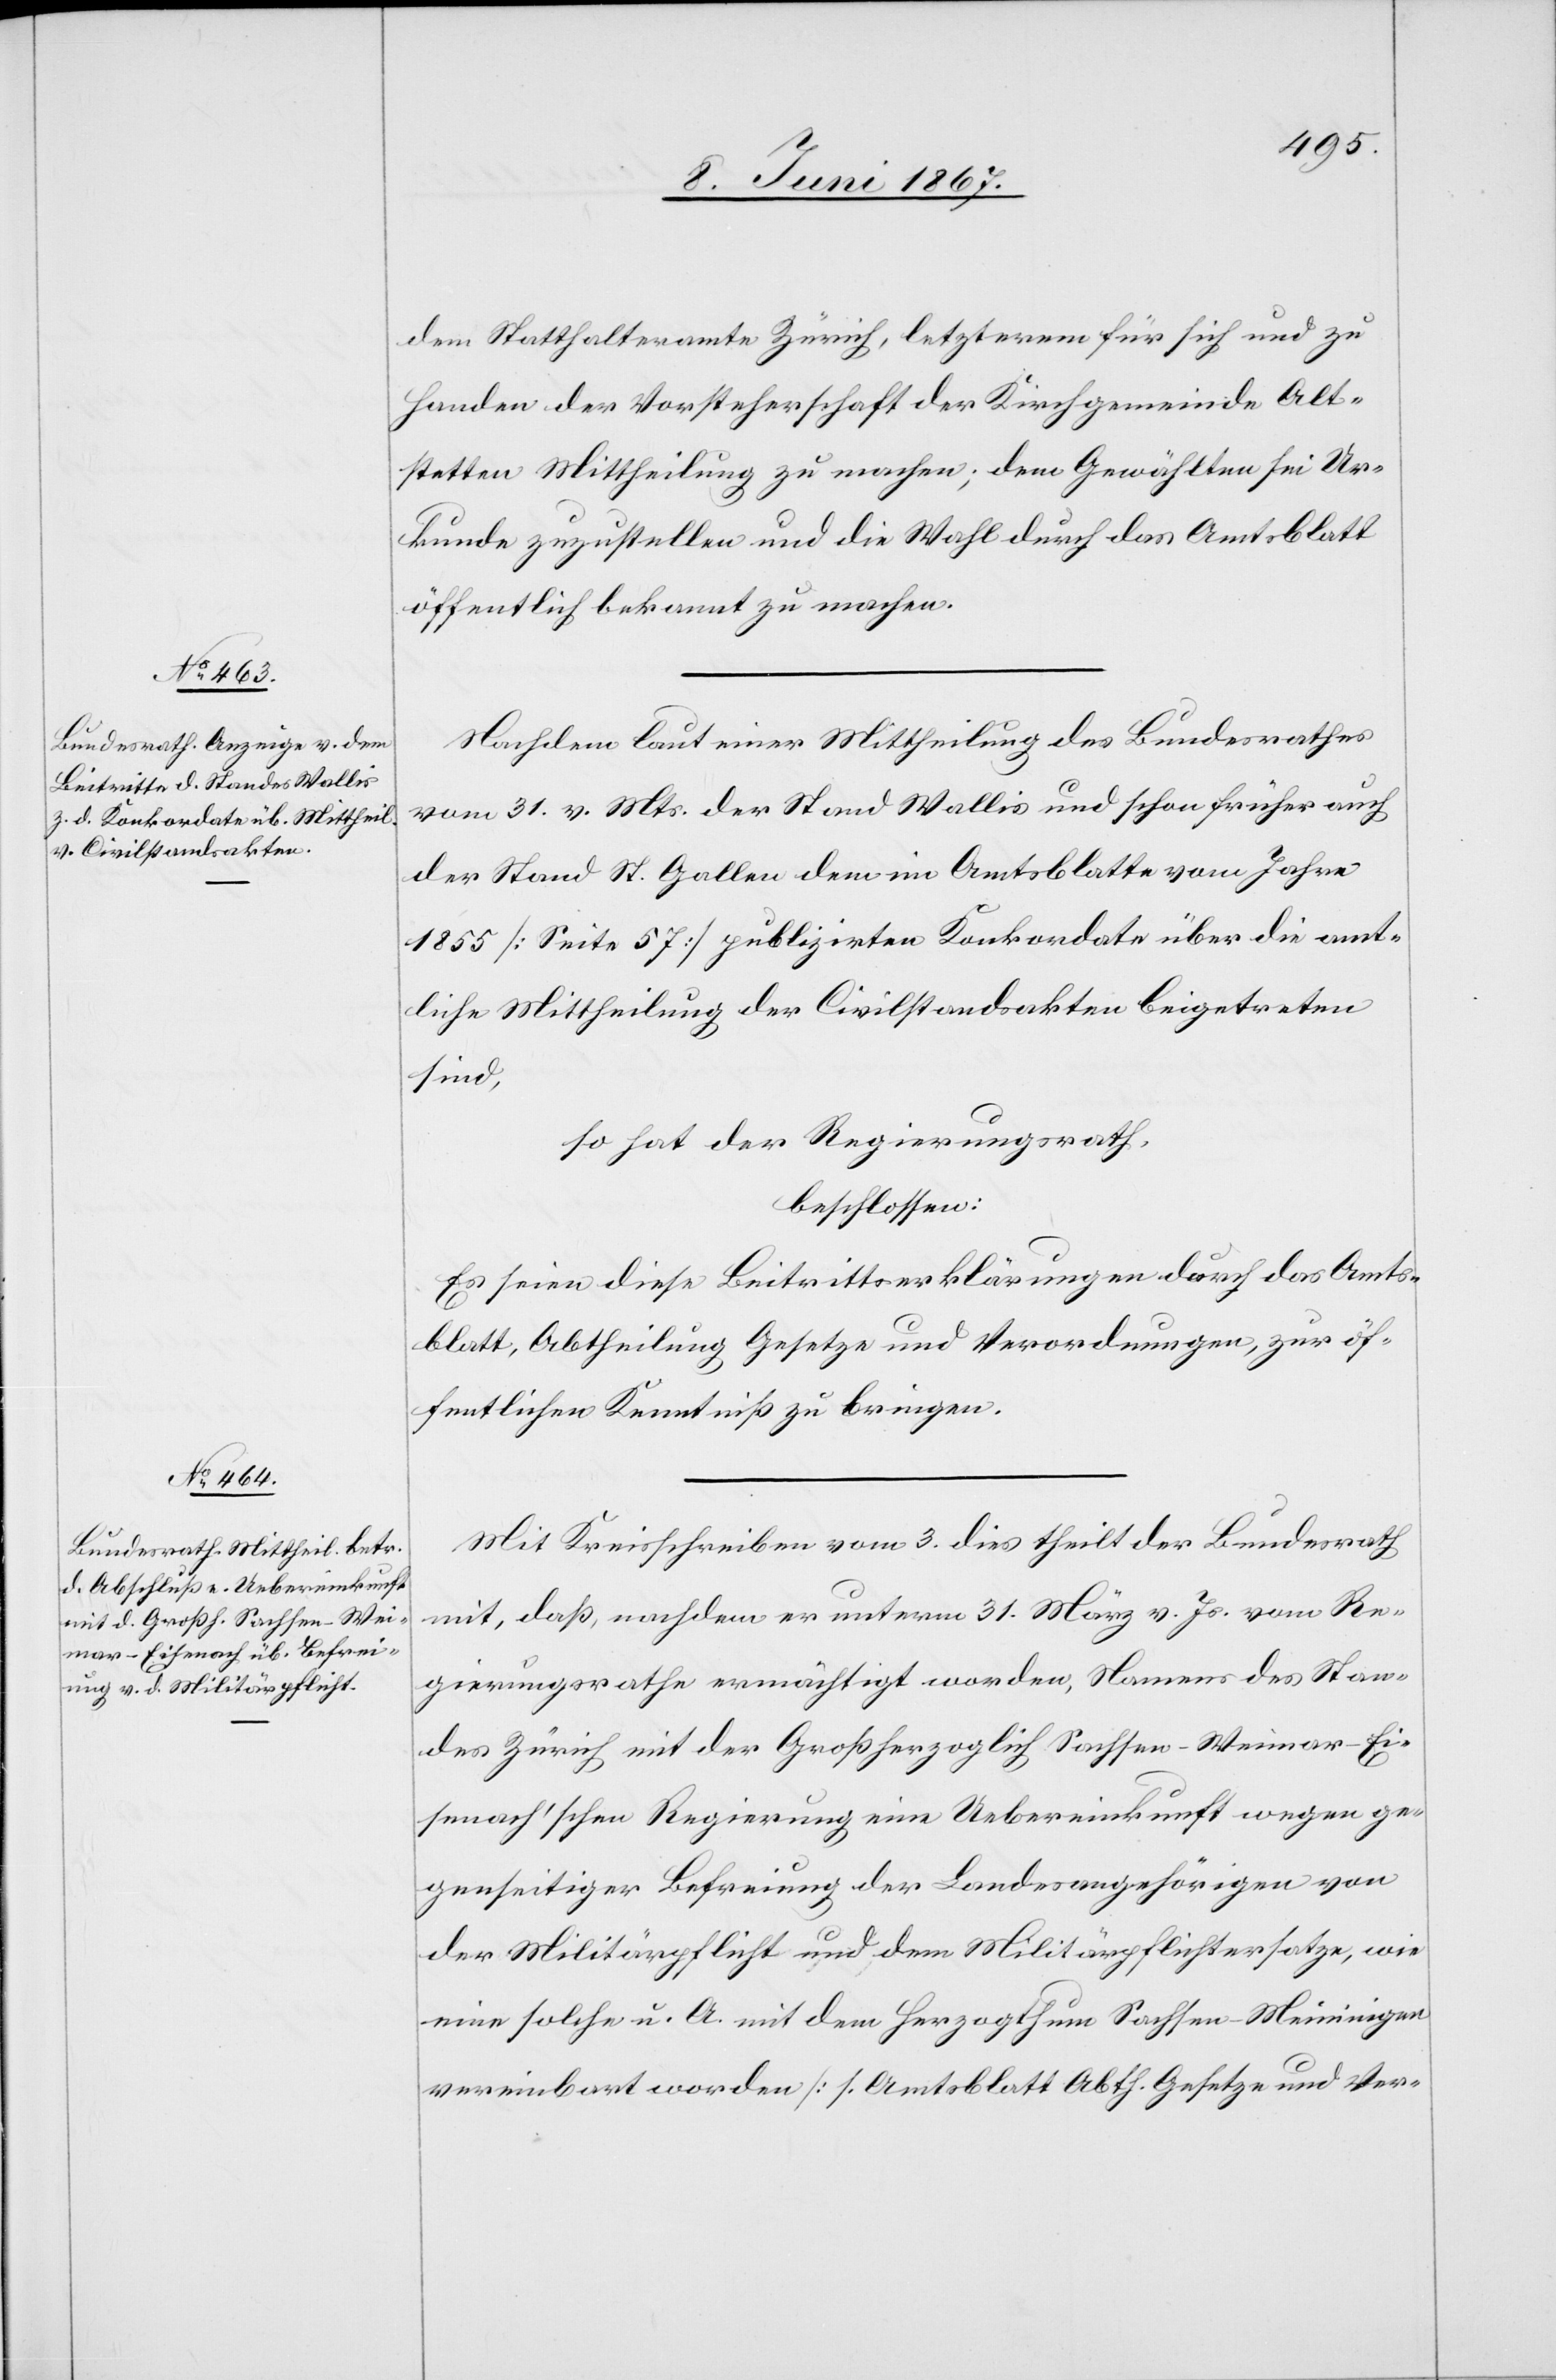
dem Statthalteramte Zürich, letzterem für sich und zu
Handen der Vorsteherschaft der Kirchgemeinde Alt¬
stetten Mittheilung zu machen; dem Gewählten sei Ur¬
kunde zuzustellen und die Wahl durch das Amtsblatt
öffentlich bekannt zu machen.
Nachdem laut einer Mittheilung des Bundesrathes
vom 31. v. Mts. der Stand Wallis und schon früher auch
der Stand St. Gallen dem im Amtsblatte vom Jahre
1855 [Seite 57] publizirten Konkordate über die amt¬
liche Mittheilung der Civilstandesakten beigetreten
sind,
so hat der Regierungsrath,
beschlossen:
Es seien diese Beitrittserklärungen durch das Amts¬
blatt, Abtheilung Gesetze und Verordnungen, zur öf¬
fentlichen Kenntniß zu bringen.
Mit Kreisschreiben vom 3. dies theilt der Bundesrath
mit, daß, nachdem er unterm 31. März v. Js. vom Re¬
gierungsrathe ermächtigt worden, Namens des Stan¬
des Zürich mit der Großherzoglich Sachsen-Weimar-Ei¬
senach’schen Regierung eine Uebereinkunft wegen ge¬
genseitiger Befreiung der Landesangehörigen von
der Militärpflicht und dem Militärpflichtersatze, wie
eine solche u. A. mit dem Herzogthum Sachsen-Meiningen
vereinbart worden [s. Amtsblatt Abth. Gesetze und Ver-